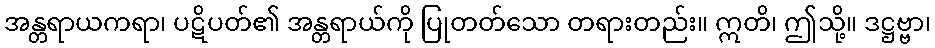
အန္တရာယကရာ၊ ပဋိပတ်၏ အန္တရာယ်ကို ပြုတတ်သော တရားတည်း။ ဣတိ၊ ဤသို့။ ဒဋ္ဌဗ္ဗာ၊